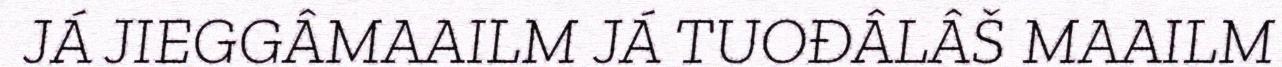
JÁ JIEGGÂMAAILM JÁ TUOĐÂLÂŠ MAAILM